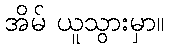
အိမ် ယူသွားမှာ။